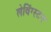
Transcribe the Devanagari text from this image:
लेविंग्स्टन